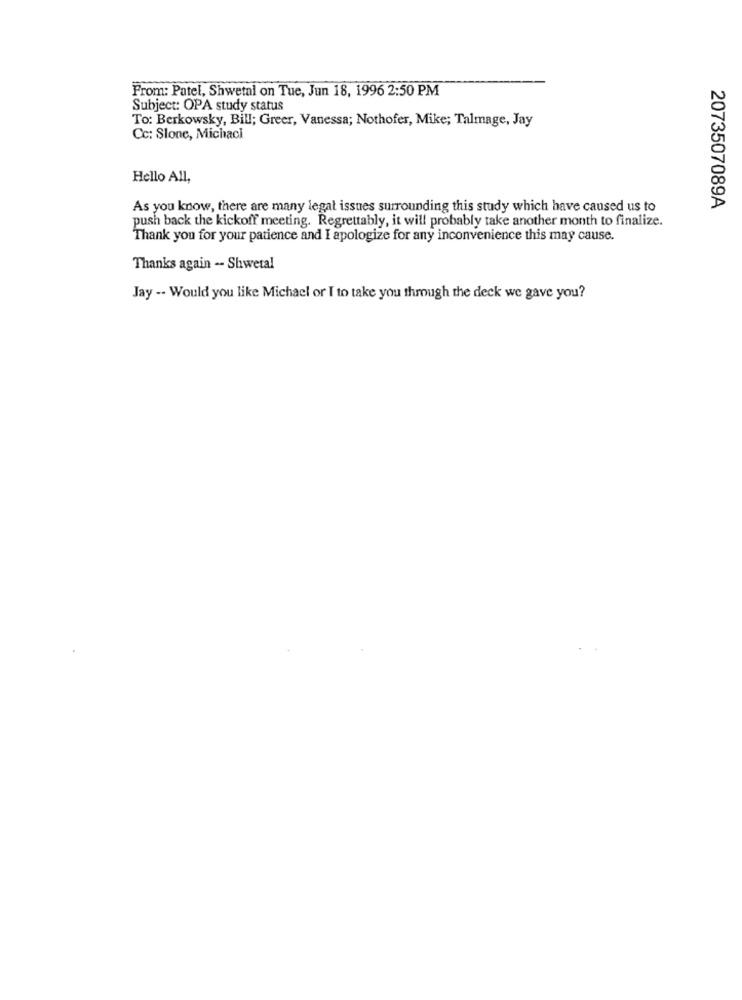
From: Patel, Shwetal on Tue, Jun 18, 1996 2:50 PM
Subject: OPA study status
To: Berkowsky, Bill; Greer, Vanessa; Nothofer, Mike; Talmage, Jay
Cc: Slone, Michaci
Hello All,
As you know, there are many legal issues surrounding this study which have caused us to
2073507089A
push back the kickoff meeting. Regrettably, it will probably take another month to finalize.
Thank you for your patience and I apologize for any inconvenience this may cause.
Thanks again -- Shwetal
Jay -. Would you like Michael or I to take you through the deck we gave you?